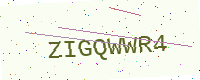
Text: ZIGQWWR4